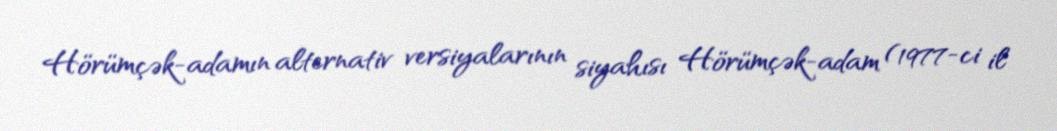
Hörümçək-adamın alternativ versiyalarının siyahısı Hörümçək-adam (1977-ci il